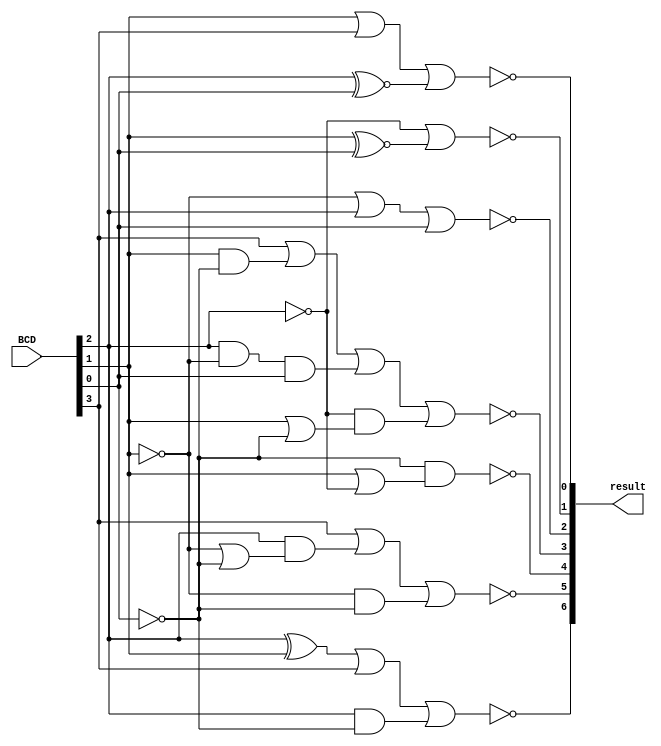
module SSD(BCD,result);
input [3:0] BCD;
output[6:0]result;
assign result[0]=   ~( BCD[1] | BCD[3] | (BCD[2] ~^ BCD[0]) ) ;
assign result[1]=  ~(~BCD[2] | ( BCD[1]~^ BCD[0] ) );
assign result[2]=  ~(~BCD[1] | BCD[2] | BCD[0]);
assign result[3]= ~( BCD[3] | (BCD[1]&~BCD[0] ) | (BCD[2]&~BCD[1]&BCD[0]) | (~BCD[2]&( BCD[1]|~BCD[0] )) );
assign result[4]= ~(~BCD[0] & ( BCD[1] |~BCD[2] ) );
assign result[5]= ~( BCD[3] | ( BCD[2]& ( ~BCD[1] | ~BCD[0] ) ) |(~BCD[1]&~BCD[0]) )  ;
assign result[6]= ~(( BCD[2]  ^ BCD[1] ) | BCD[3] | (BCD[2] & ~BCD[0]) );

endmodule

module SSD_tb();

reg [3:0] BCD;
wire[6:0]result;

SSD  obj (BCD,result);

initial begin
BCD=6; #100;
BCD=7; #100;
BCD=6; #100;
BCD=5; #100;
end
endmodule